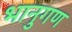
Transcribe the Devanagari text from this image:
भानुगण